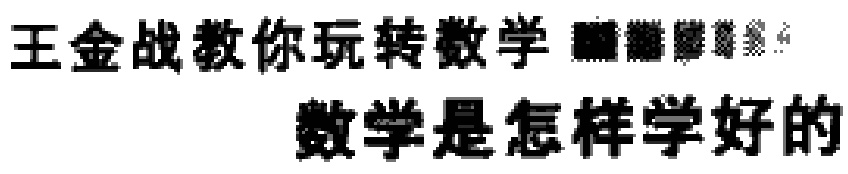
王金战教你玩转数学  数学是怎样学好的